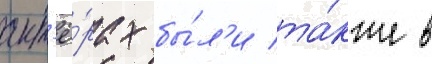
акт'ё́рах бы́л'и та́кже в